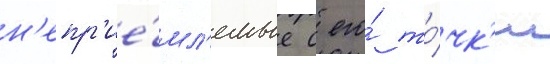
н'епр'ие́мл'емые с его́ то́чк'и